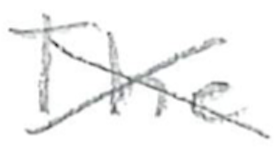
Text: The
Cross-out: cross
Writing tool: pencil